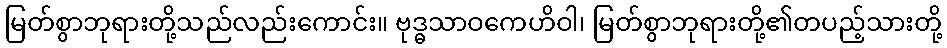
မြတ်စွာဘုရားတို့သည်လည်းကောင်း။ ဗုဒ္ဓသာဝကေဟိဝါ၊ မြတ်စွာဘုရားတို့၏တပည့်သားတို့